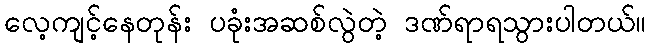
လေ့ကျင့်နေတုန်း ပခုံးအဆစ်လွဲတဲ့ ဒဏ်ရာရသွားပါတယ်။